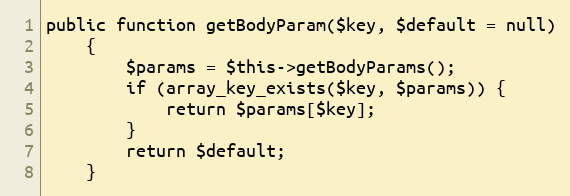
Language: PHP
public function getBodyParam($key, $default = null)
    {
        $params = $this->getBodyParams();
        if (array_key_exists($key, $params)) {
            return $params[$key];
        }
        return $default;
    }